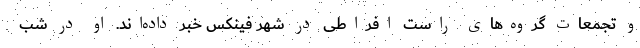
و تجمعات گروه‌های راست افراطی در شهر فینکس خبر داده‌اند. او در شب